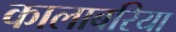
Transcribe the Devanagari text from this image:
कालाबरिया